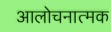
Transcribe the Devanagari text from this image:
आलोचनात्‍मक